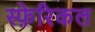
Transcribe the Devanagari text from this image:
स्फ़ेरिकल